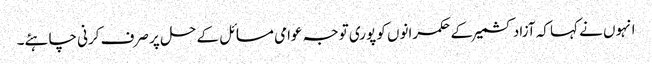
انہوں نے کہا کہ آزاد کشمیر کے حکمرانوں کو پوری توجہ عوامی مسائل کے حل پر صرف کرنی چاہئے۔